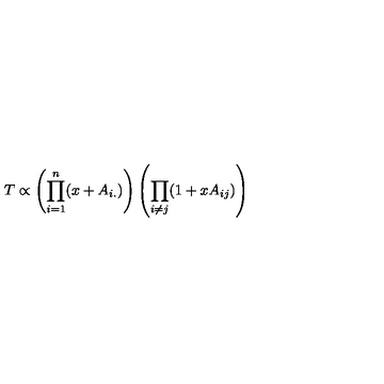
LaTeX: T \propto \left( \prod _ { i = 1 } ^ { n } ( x + A _ { i . } ) \right) \left( \prod _ { i \ne j } ( 1 + x A _ { i j } ) \right)